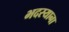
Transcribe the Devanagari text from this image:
भदस्याना